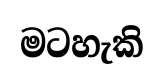
මටහැකි